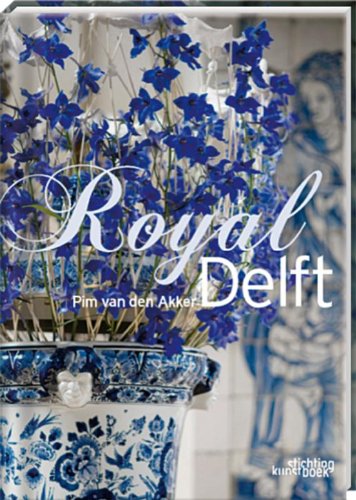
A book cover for Royal Delft; Pim van den Akker; Crafts, Hobbies & Home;